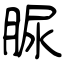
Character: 脲